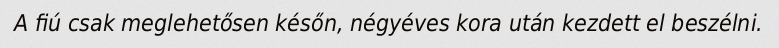
A fiú csak meglehetősen későn, négyéves kora után kezdett el beszélni.